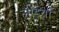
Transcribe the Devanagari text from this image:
लोइयां